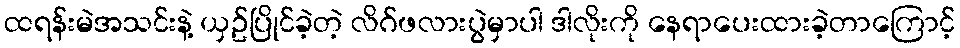
ထရန်းမဲအသင်းနဲ့ ယှဥ်ပြိုင်ခဲ့တဲ့ လိဂ်ဖလားပွဲမှာပါ ဒါလိုးကို နေရာပေးထားခဲ့တာကြောင့်